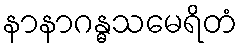
နာနာဂန္ဓသမေရိတံ